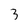
Character: 3